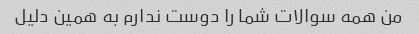
من همه سوالات شما را دوست ندارم به همین دلیل